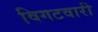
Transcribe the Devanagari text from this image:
विगटवारी